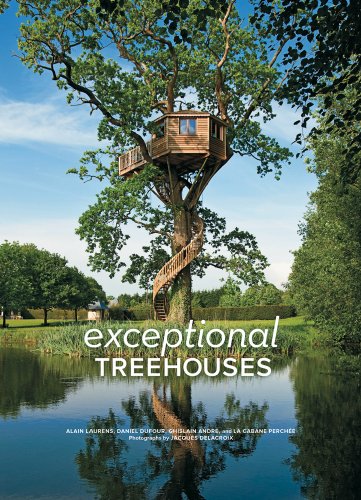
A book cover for Exceptional Treehouses; Alain Laurens; Crafts, Hobbies & Home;